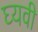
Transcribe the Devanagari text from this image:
घ्यवी